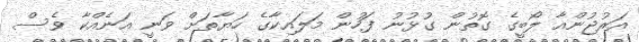
އަރުޖުންއާ ލޯބީގެ ގޮތުން ގުޅުނު ފަހުން މަލައިކާގެ ހަޔާތަށް ވަނީ އަނެއްކާ ވެސް